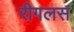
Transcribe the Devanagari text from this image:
रीगलस